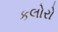
કલોરો